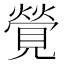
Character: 覮